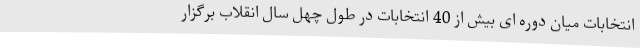
انتخابات میان دوره ای بیش از 40 انتخابات در طول چهل سال انقلاب برگزار